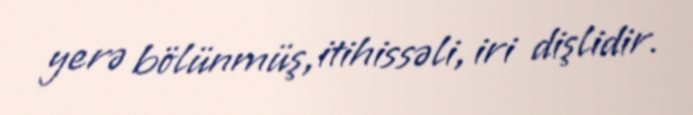
yerə bölünmüş, itihissəli, iri dişlidir.